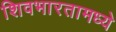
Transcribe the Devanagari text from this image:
शिवभारतामध्ये